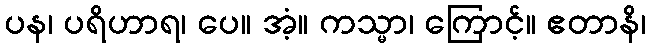
ပန၊ ပရိဟာရ၊ ပေ။ အံ့။ ကသ္မာ၊ ကြောင့်။ ဧတာနိ၊